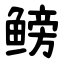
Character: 鳑